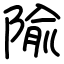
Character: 隃